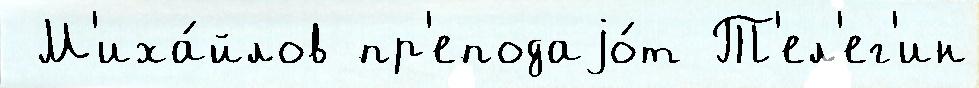
 М'иха́йлов пр'еподаjо́т Т'ел'ег'ин